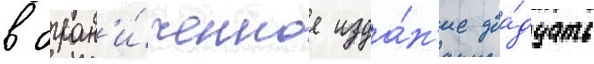
в огран'и́ченное изда́н'ие два́дцать